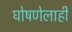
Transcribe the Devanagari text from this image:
घोषणेलाही